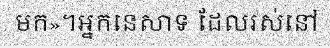
មក»។អ្នកនេសាទ ដែលរស់នៅ